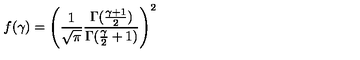
f ( \gamma ) = \left( \frac { 1 } { \sqrt { \pi } } \frac { \Gamma ( \frac { \gamma + 1 } { 2 } ) } { \Gamma ( \frac { \gamma } { 2 } + 1 ) } \right) ^ { 2 }